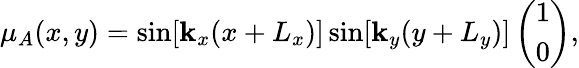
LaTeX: \mu_{A}(x,y)=\sin[\mathbf{k}_{x}(x+L_{x})]\sin[\mathbf{k}_{y}(y+L_{y})]\left(\begin{array}{c}{1}\\ {0}\end{array}\right),